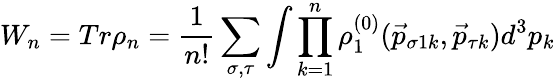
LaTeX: W_{n}=Tr\rho_{n}=\frac{1}{n!}\sum_{\sigma,\tau}\int\prod_{k=1}^{n}\rho_{1}^{(0)}(\vec{p}_{{\sigma 1}k},\vec{p}_{\tau k})d^{3}p_{k}